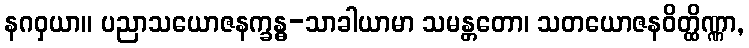
နဂဝှယာ။ ပညာသယောဇနက္ခန္ဓ-သာခါယာမာ သမန္တတော၊ သတယောဇနဝိတ္ထိဏ္ဏာ,